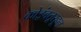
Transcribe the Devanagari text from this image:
कोइंबतूरहून